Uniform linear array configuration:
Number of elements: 24
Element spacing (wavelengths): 1
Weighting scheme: hann
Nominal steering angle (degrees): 0
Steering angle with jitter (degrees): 1.425
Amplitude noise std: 0.05
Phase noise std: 0.05

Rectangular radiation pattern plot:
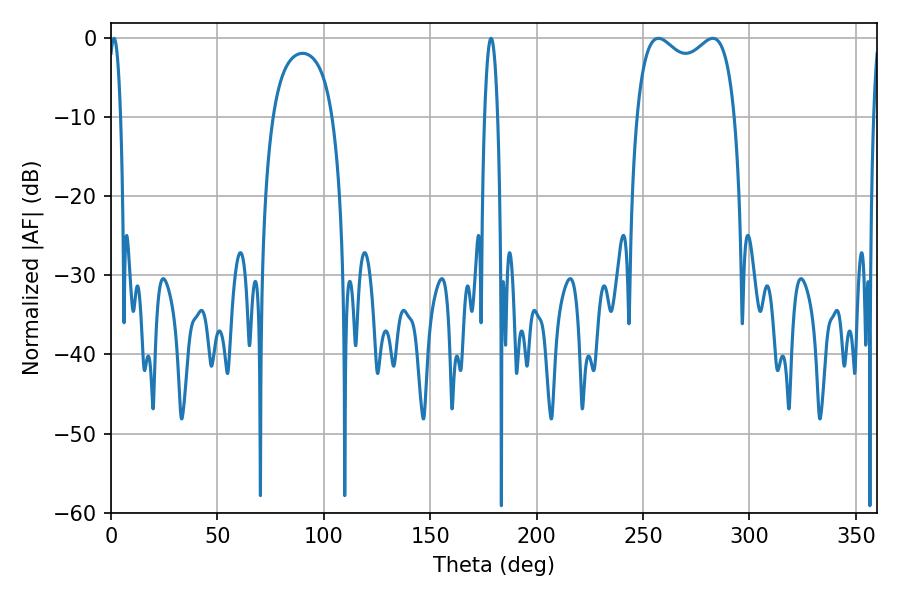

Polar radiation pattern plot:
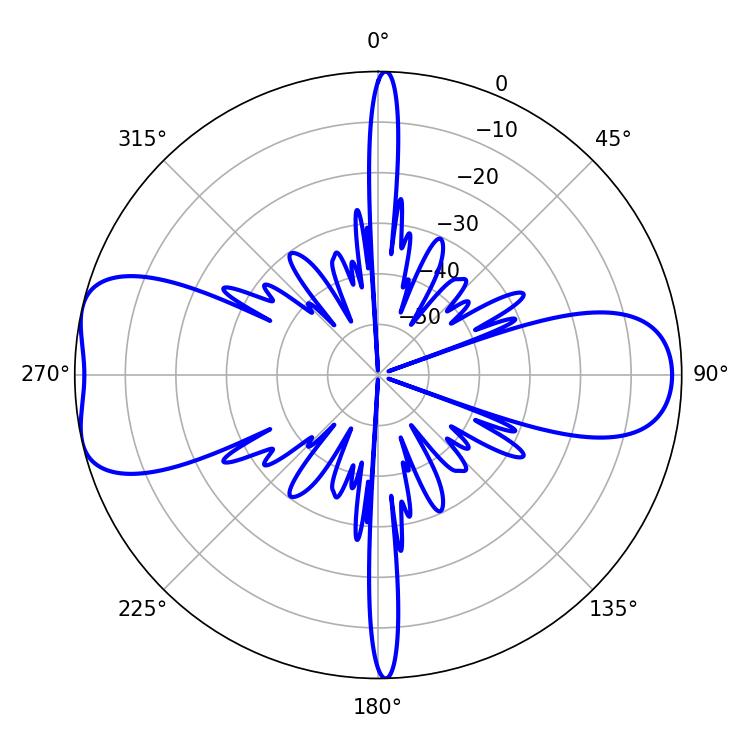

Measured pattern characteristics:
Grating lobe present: TRUE
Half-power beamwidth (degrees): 38.16
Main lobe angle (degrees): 257.22